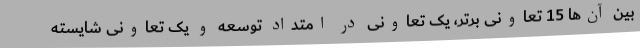
بین آن‌ها 15 تعاونی برتر، یک تعاونی در امتداد توسعه و یک تعاونی شایسته